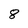
Character: 8